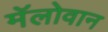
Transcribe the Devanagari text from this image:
मॅलोवान